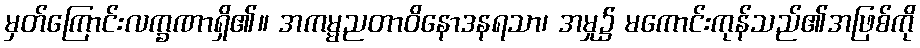
မှတ်ကြောင်းလက္ခဏာရှိ၏။ အကမ္မညတာဝိနောဒနရသာ၊ အမှု၌ မကောင်းကုန်သည်၏အဖြစ်ကို